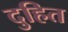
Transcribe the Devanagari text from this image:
दुहित